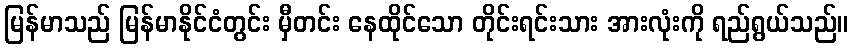
မြန်မာသည် မြန်မာနိုင်ငံတွင်း မှီတင်း နေထိုင်သော တိုင်းရင်းသား အားလုံးကို ရည်ရွယ်သည်။